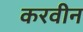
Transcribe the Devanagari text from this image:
करवीन